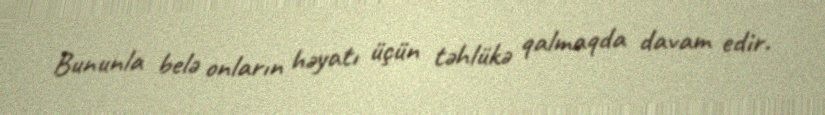
Bununla belə onların həyatı üçün təhlükə qalmaqda davam edir.